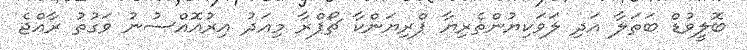
ބޮލީވުޑް ބަތަލާ އަދި ލަވަކިޔުންތެރިޔާ ޕްރިޔަންކާ ޗޯޕްރާ މިއަދު އިރުއޮއްސުނު ވަގުތު ރާއްޖެ